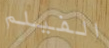
الفيلم